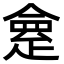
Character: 𠍺